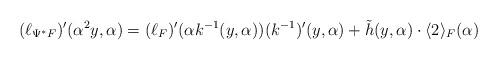
LaTeX: \begin{align*}(\ell_{\Psi^* F})'(\alpha^2 y, \alpha) = (\ell_F)'(\alpha k^{-1}(y,\alpha))(k^{-1})'(y,\alpha) + \tilde h(y,\alpha)\cdot \langle 2\rangle_F(\alpha)\end{align*}